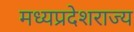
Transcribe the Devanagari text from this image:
मध्यप्रदेशराज्य